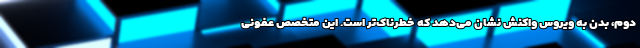
دوم، بدن به ویروس واکنش نشان می‌دهد که خطرناک‌تر است. این متخصص عفونی